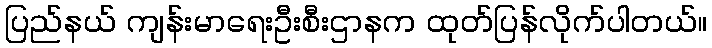
ပြည်နယ် ကျန်းမာရေးဦးစီးဌာနက ထုတ်ပြန်လိုက်ပါတယ်။